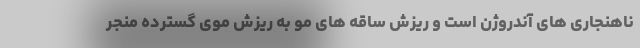
ناهنجاری های آندروژن است و ریزش ساقه های مو به ریزش موی گسترده منجر